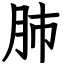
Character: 肺